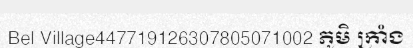
Bel Village447719126307805071002 ភូមិ ក្រាំង